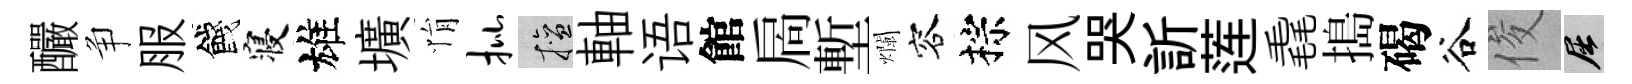
釅争服餞寝雄壙悁批擅軸语館扄塹爛容棕风哭訢莲毳搗碣谷俊屈